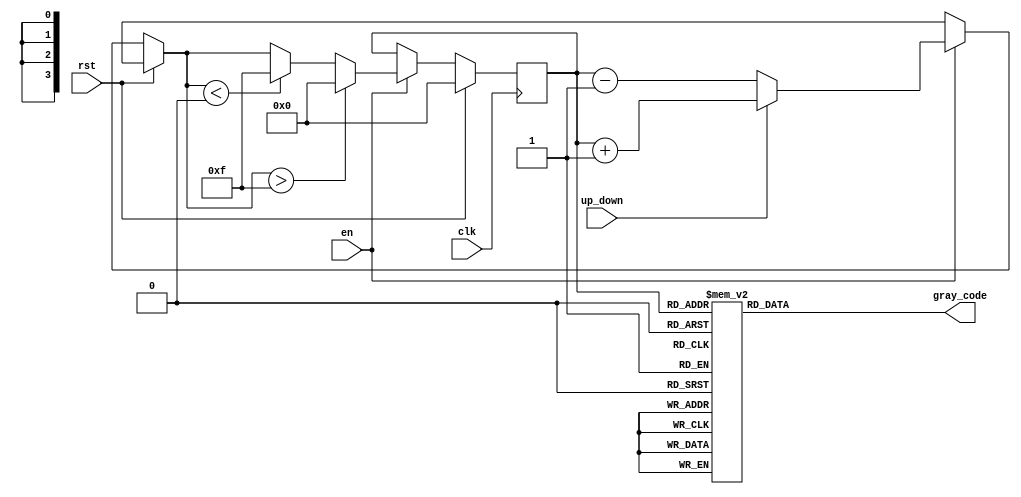
module gray_counter(
    input clk, 
    input rst, 
    input en, 
    input up_down, 
    output reg [3:0] gray_code
);

reg [3:0] counter;
reg [3:0] next_counter;

always @(posedge clk) begin
    if (rst) begin
        counter <= 4'b0000;
    end else if (en) begin
        if (up_down) begin
            next_counter = counter + 1;
        end else begin
            next_counter = counter - 1;
        end
        
        if (next_counter > 4'b1111) begin
            next_counter = 4'b0000;
        end else if (next_counter < 4'b0000) begin
            next_counter = 4'b1111;
        end
        
        counter <= next_counter;
    end
end

always @(*) begin
    case(counter)
        4'b0000: gray_code = 4'b0000;
        4'b0001: gray_code = 4'b0001;
        4'b0011: gray_code = 4'b0010;
        4'b0010: gray_code = 4'b0011;
        4'b0110: gray_code = 4'b0100;
        4'b0111: gray_code = 4'b0101;
        4'b0101: gray_code = 4'b0110;
        4'b0100: gray_code = 4'b0111;
        4'b1100: gray_code = 4'b1000;
        4'b1101: gray_code = 4'b1001;
        4'b1111: gray_code = 4'b1010;
        4'b1110: gray_code = 4'b1011;
        4'b1010: gray_code = 4'b1100;
        4'b1011: gray_code = 4'b1101;
        4'b1001: gray_code = 4'b1110;
        4'b1000: gray_code = 4'b1111;
        default: gray_code = 4'b0000;
    endcase
end

endmodule